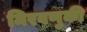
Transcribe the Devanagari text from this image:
मिरवणुकी